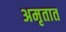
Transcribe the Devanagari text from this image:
अमृतात